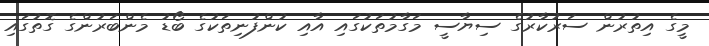
މީގެ އިތުރުން ސަރުކާރުގެ ސިޔާސީ މަގާމުތަކުގައި އާއި ކުންފުނިތަކުގެ ބޯޑު މެންބަރުންގެ ގޮތުގައި